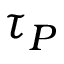
\tau _ { P }